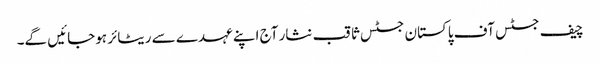
چیف جسٹس آف پاکستان جسٹس ثاقب نثار آج اپنے عہدے سے ریٹائر ہوجائیں گے۔